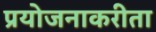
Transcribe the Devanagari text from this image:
प्रयोजनाकरीता